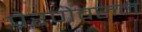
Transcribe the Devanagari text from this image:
प्रेरणेवरुन